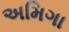
અમિગા